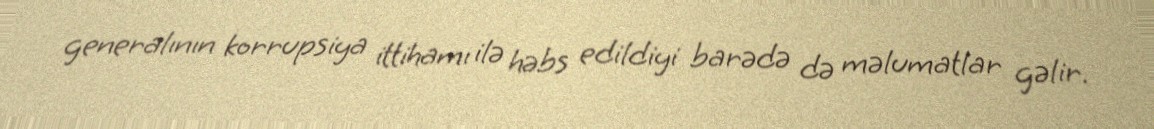
generalının korrupsiya ittihamı ilə həbs edildiyi barədə də məlumatlar gəlir.